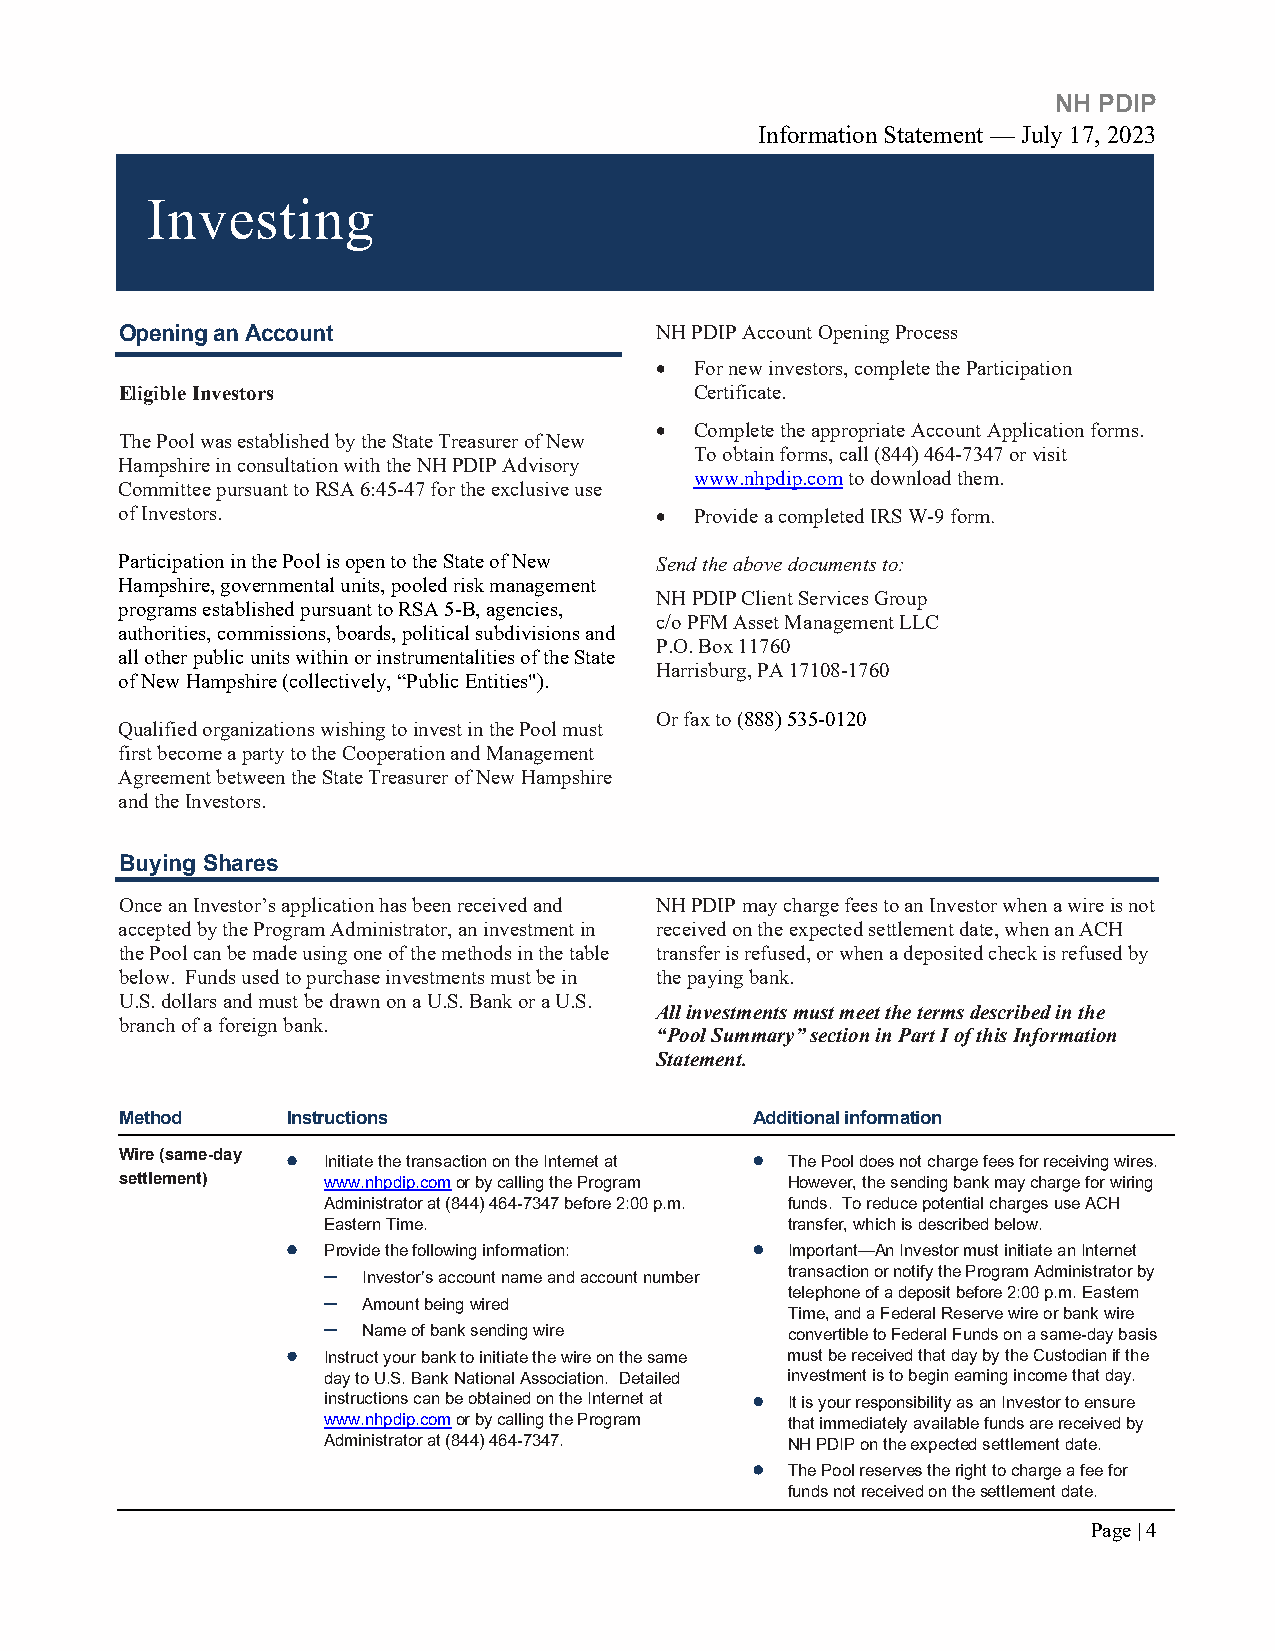
NH PDIP
 Information Statement — July 17, 2023
 Investing
 Opening an Account                 NH PDIP Account Opening Process
 •  For new investors, complete the Participation
 Eligible Investors                    Certificate.
 •  Complete the appropriate Account Application forms.
 The Pool was established by the State Treasurer of New
 To obtain forms, call (844) 464-7347 or visit
 Hampshire in consultation with the NH PDIP Advisory
 www.nhpdip.com to download them.
 Committee pursuant to RSA 6:45-47 for the exclusive use
 of Investors.                      •  Provide a completed IRS W-9 form.
 Participation in the Pool is open to the State of New Send the above documents to:
 Hampshire, governmental units, pooled risk management
 NH PDIP Client Services Group
 programs established pursuant to RSA 5-B, agencies,
 c/o PFM Asset Management LLC
 authorities, commissions, boards, political subdivisions and
 P.O. Box 11760
 all other public units within or instrumentalities of the State
 Harrisburg, PA 17108-1760
 of New Hampshire (collectively, “Public Entities").
 Or fax to (888) 535-0120
 Qualified organizations wishing to invest in the Pool must
 first become a party to the Cooperation and Management
 Agreement between the State Treasurer of New Hampshire
 and the Investors.
 Buying Shares
 Once an Investor’s application has been received and NH PDIP may charge fees to an Investor when a wire is not
 accepted by the Program Administrator, an investment in received on the expected settlement date, when an ACH
 the Pool can be made using one of the methods in the table transfer is refused, or when a deposited check is refused by
 below. Funds used to purchase investments must be in the paying bank.
 U.S. dollars and must be drawn on a U.S. Bank or a U.S.
 All investments must meet the terms described in the
 branch of a foreign bank.
 “Pool Summary” section in Part I of this Information
 Statement.
 Method     Instructions                   Additional information
 Wire (same-day •
 Initiate the transaction on the Internet at
 •
 The Pool does not charge fees for receiving wires.
 settlement)  www.nhpdip.com or by calling the Program However, the sending bank may charge for wiring
 Administrator at (844) 464-7347 before 2:00 p.m. funds. To reduce potential charges use ACH
 Eastern Time.                  transfer, which is described below.
 •
 Provide the following information:
 •
 Important—An Investor must initiate an Internet
 −  Investor’s account name and account number transaction or notify the Program Administrator by
 −
 Amount being wired
 telephone of a deposit before 2:00 p.m. Eastern
 Time, and a Federal Reserve wire or bank wire
 −
 Name of bank sending wire   convertible to Federal Funds on a same-day basis
 • Instruct your bank to initiate the wire on the same must be received that day by the Custodian if the
 day to U.S. Bank National Association. Detailed investment is to begin earning income that day.
 instructions can be obtained on the Internet at • It is your responsibility as an Investor to ensure
 www.nhpdip.com or by calling the Program that immediately available funds are received by
 Administrator at (844) 464-7347. NH PDIP on the expected settlement date.
 •
 The Pool reserves the right to charge a fee for
 funds not received on the settlement date.
 Page | 4